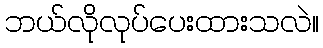
ဘယ်လိုလုပ်ပေးထားသလဲ။